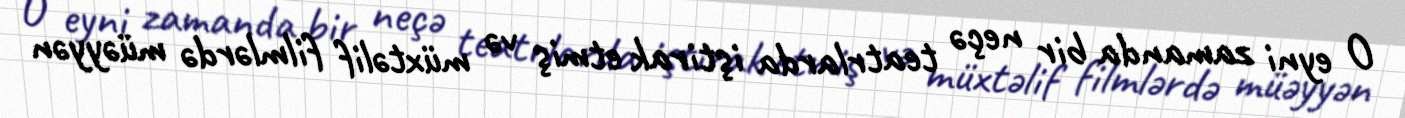
O eyni zamanda bir neçə teatrlarda iştirak etmiş və müxtəlif filmlərdə müəyyən